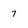
Character: 7